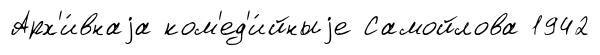
Арх'и́внаjа ком'ед'и́йныjе Самойлова 1942